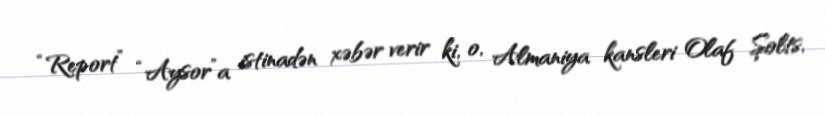
“Report” “Aysor”a istinadən xəbər verir ki, o, Almaniya kansleri Olaf Şolts,